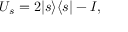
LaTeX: U _ { s } = 2 | s \rangle \langle s | - I ,